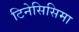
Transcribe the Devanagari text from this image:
टिनेसिसिमा